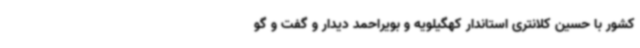
کشور با حسین کلانتری استاندار کهگیلویه و بویراحمد دیدار و گفت و گو